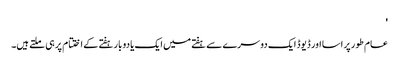
'
عام طور پر اسا اور ڈیوڈ ایک دوسرے سے ہفتے میں ایک یا دو بار ہفتے کے اختتام پر ہی ملتے ہیں۔